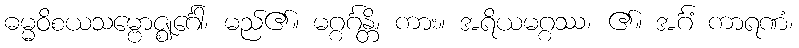
ဓမ္မဝိစယသမ္ဗောဇ္ဈင်္ဂေါ၊ မည်၏။ မဂ္ဂင်္ဂန္တိ၊ ကား။ အရိယမဂ္ဂဿ၊ ၏။ အင်္ဂံ ကာရဏံ၊